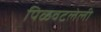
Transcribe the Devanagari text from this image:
पिळवटलेली